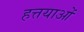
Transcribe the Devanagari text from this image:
हत्तयाओं